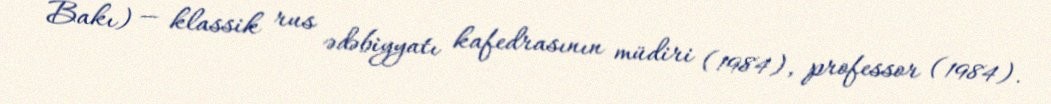
Bakı) — klassik rus ədəbiyyatı kafedrasının müdiri (1984), professor (1984).